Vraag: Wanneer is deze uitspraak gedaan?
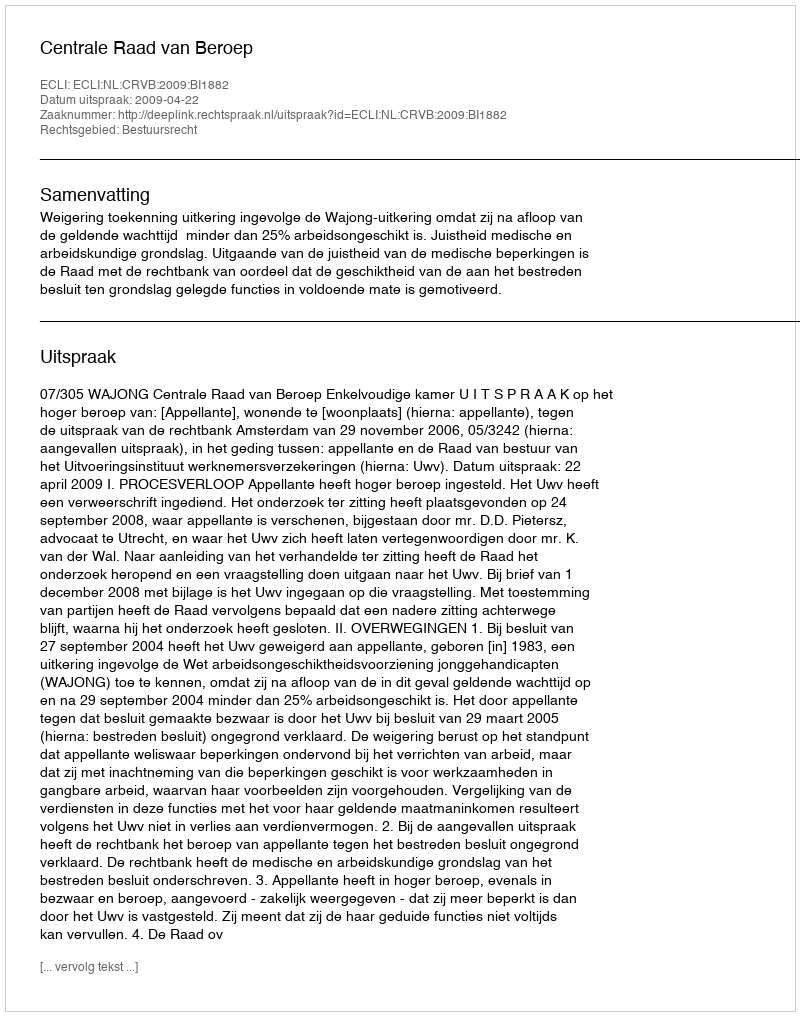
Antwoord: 2009-04-22